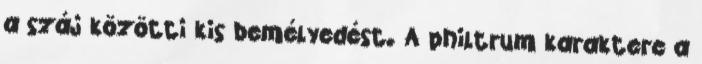
a száj közötti kis bemélyedést. A philtrum karaktere a